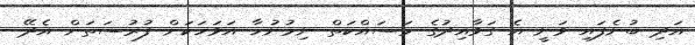
އަދި ބުނެފައި ވަނީ އެ ގަވާއިދުގެ މަސައްކަތް ނިމުނުހާ އަވަހަކަށް ފުރުސަތަށް އެދޭ